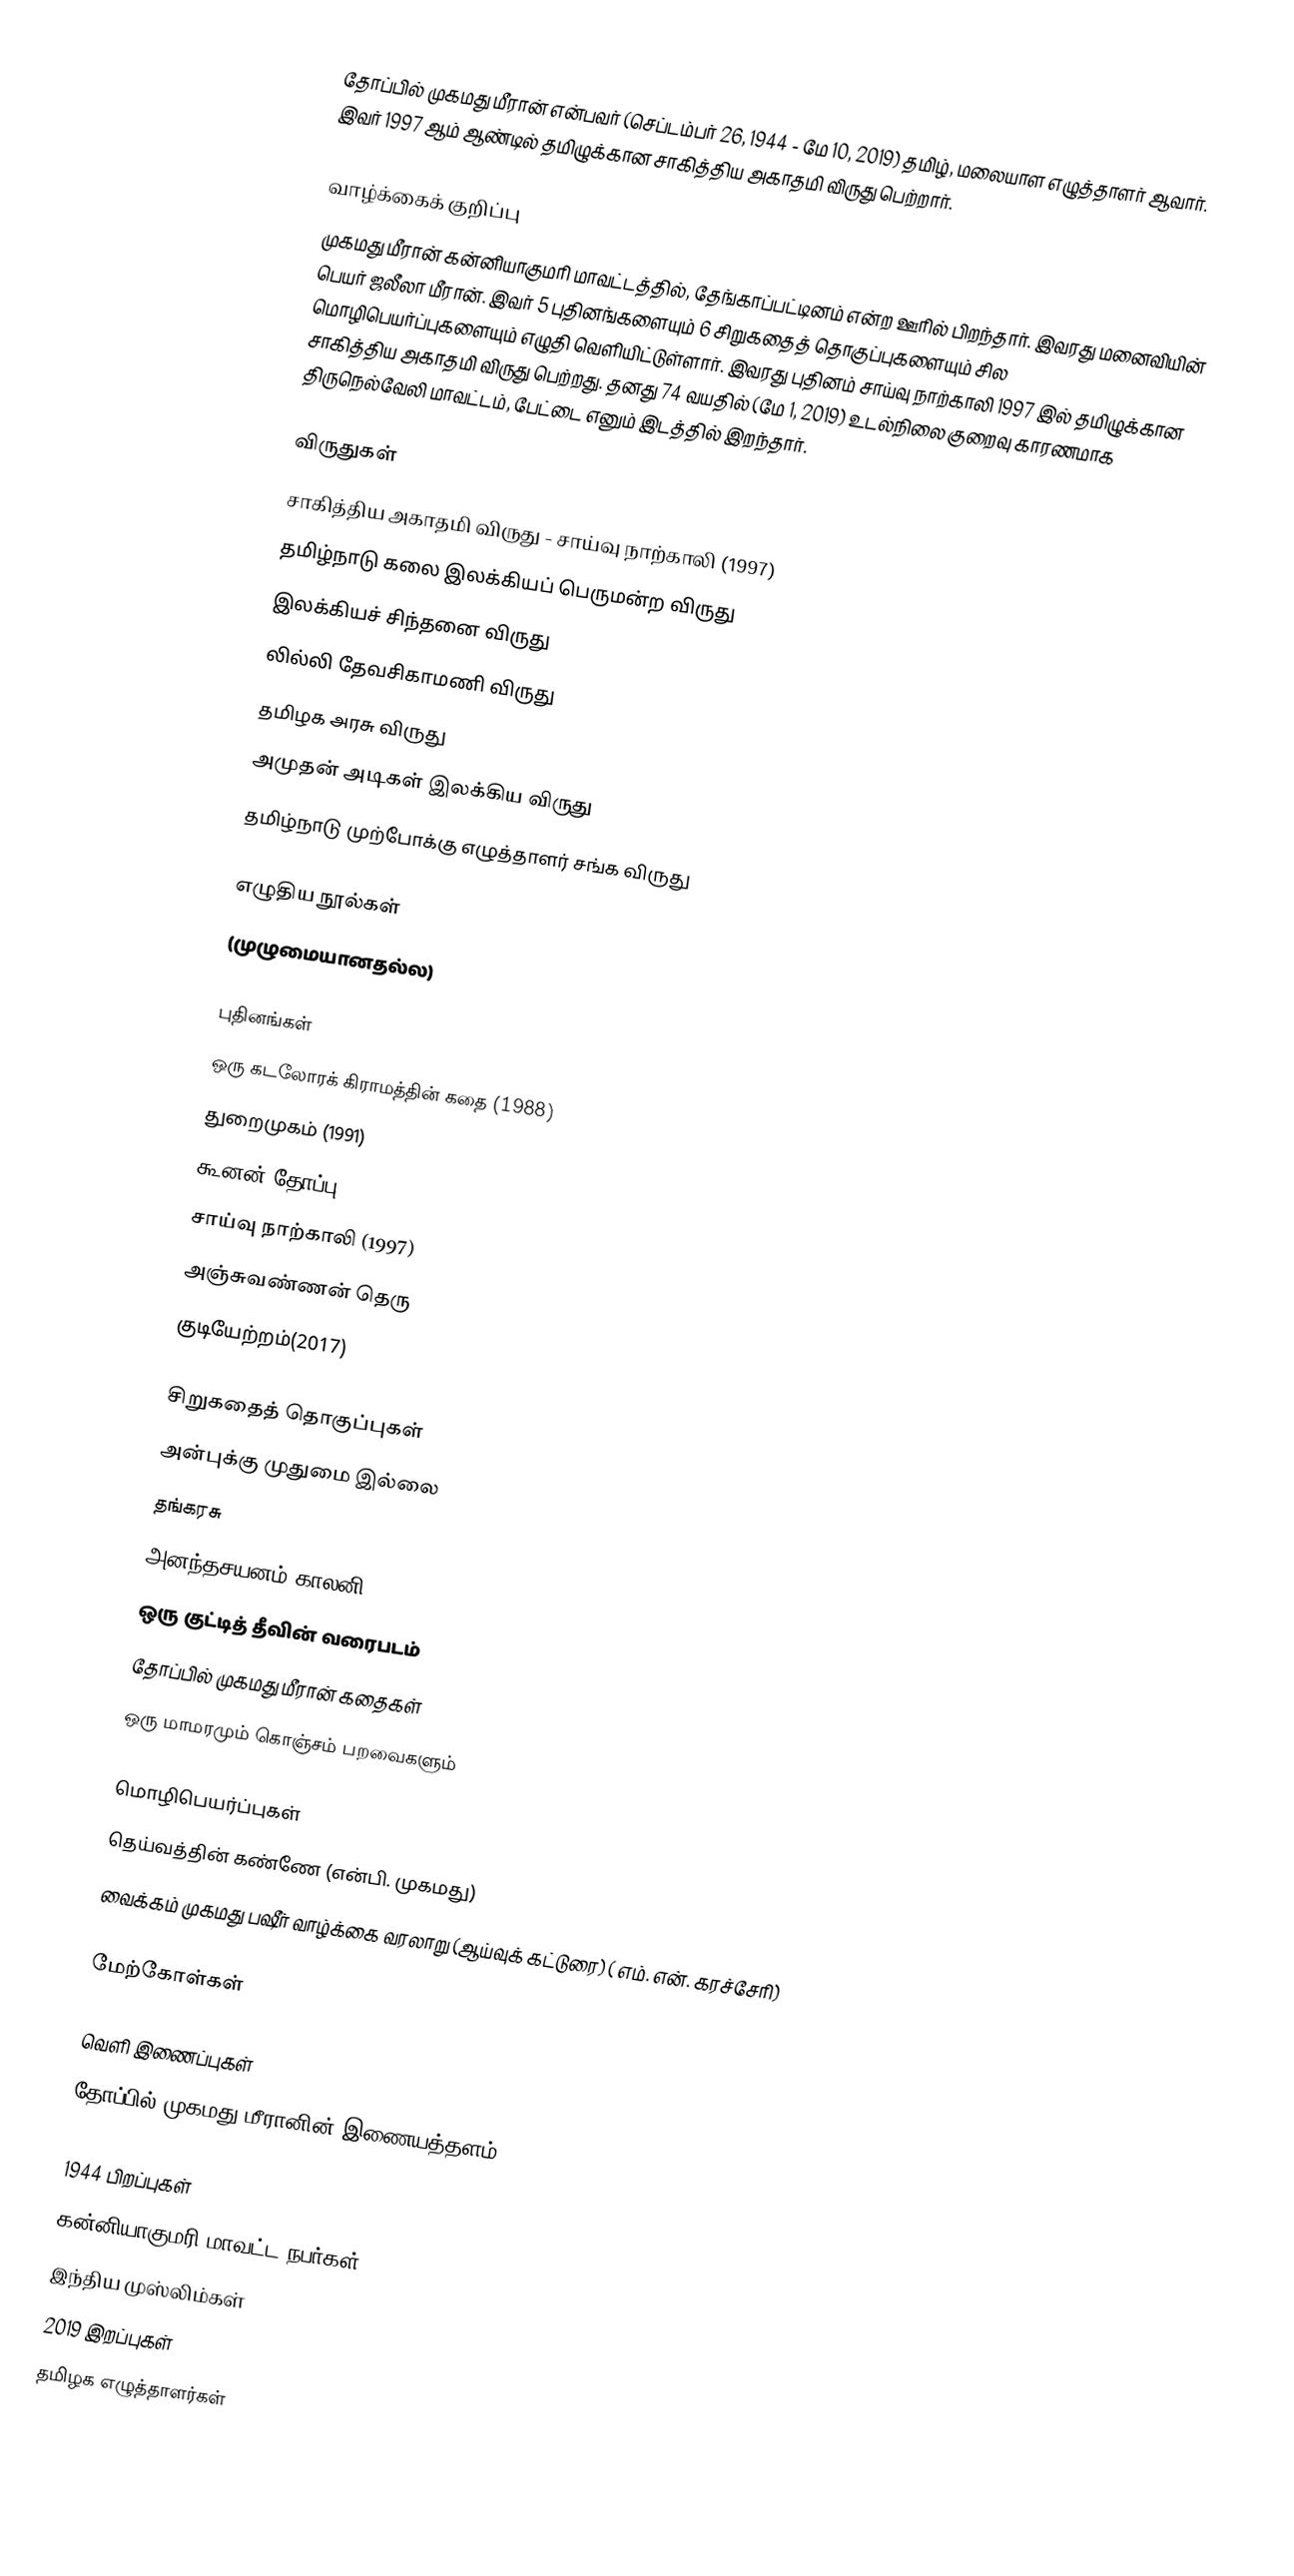
தோப்பில் முகமது மீரான் என்பவர் (செப்டம்பர் 26, 1944 - மே 10, 2019) தமிழ், மலையாள எழுத்தாளர் ஆவார். இவர் 1997 ஆம் ஆண்டில் தமிழுக்கான சாகித்திய அகாதமி விருது பெற்றார்.

வாழ்க்கைக் குறிப்பு
முகமது மீரான் கன்னியாகுமரி மாவட்டத்தில், தேங்காப்பட்டினம் என்ற ஊரில் பிறந்தார். இவரது மனைவியின் பெயர் ஜலீலா மீரான். இவர் 5 புதினங்களையும் 6 சிறுகதைத் தொகுப்புகளையும் சில மொழிபெயர்ப்புகளையும் எழுதி வெளியிட்டுள்ளார். இவரது புதினம் சாய்வு நாற்காலி 1997 இல் தமிழுக்கான சாகித்திய அகாதமி விருது பெற்றது. தனது 74 வயதில் (மே 1, 2019) உடல்நிலை குறைவு காரணமாக திருநெல்வேலி மாவட்டம், பேட்டை எனும் இடத்தில் இறந்தார்.

விருதுகள்
 சாகித்திய அகாதமி விருது - சாய்வு நாற்காலி (1997)
 தமிழ்நாடு கலை இலக்கியப் பெருமன்ற விருது
 இலக்கியச் சிந்தனை விருது
 லில்லி தேவசிகாமணி விருது
 தமிழக அரசு விருது
 அமுதன் அடிகள் இலக்கிய விருது
 தமிழ்நாடு முற்போக்கு எழுத்தாளர் சங்க விருது

எழுதிய நூல்கள்
(முழுமையானதல்ல)

புதினங்கள்
 ஒரு கடலோரக் கிராமத்தின் கதை (1988)
 துறைமுகம் (1991)
 கூனன் தோப்பு 1993)
 சாய்வு நாற்காலி (1997)
 அஞ்சுவண்ணன் தெரு
 குடியேற்றம்(2017)

சிறுகதைத் தொகுப்புகள்
 அன்புக்கு முதுமை இல்லை
 தங்கரசு
 அனந்தசயனம் காலனி
 ஒரு குட்டித் தீவின் வரைபடம்
 தோப்பில் முகமது மீரான் கதைகள்
 ஒரு மாமரமும் கொஞ்சம் பறவைகளும்

மொழிபெயர்ப்புகள்
 தெய்வத்தின் கண்ணே (என்பி. முகமது)
 வைக்கம் முகமது பஷீர் வாழ்க்கை வரலாறு (ஆய்வுக் கட்டுரை)  ( எம். என். கரச்சேரி)

மேற்கோள்கள்

வெளி இணைப்புகள்
 தோப்பில் முகமது மீரானின் இணையத்தளம்

1944 பிறப்புகள்
கன்னியாகுமரி மாவட்ட நபர்கள்
இந்திய முஸ்லிம்கள்
2019 இறப்புகள்
தமிழக எழுத்தாளர்கள்